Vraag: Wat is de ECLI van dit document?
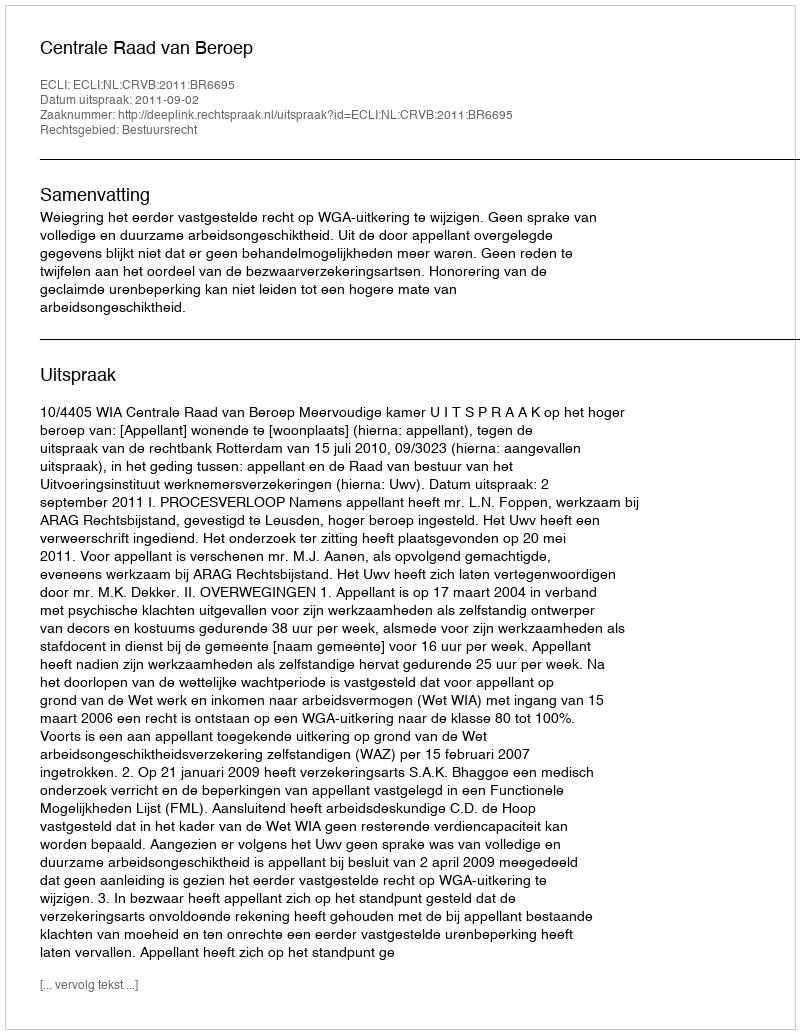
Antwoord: ECLI:NL:CRVB:2011:BR6695